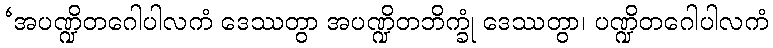
‘အပဏ္ဍိတဂေါပါလကံ ဒေဿတွာ အပဏ္ဍိတဘိက္ခုံ ဒေဿတွာ၊ ပဏ္ဍိတဂေါပါလကံ